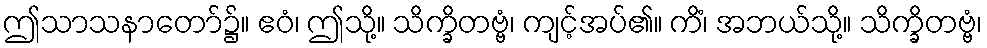
ဤသာသနာတော်၌။ ဧဝံ၊ ဤသို့။ သိက္ခိတဗ္ဗံ၊ ကျင့်အပ်၏။ ကိံ၊ အဘယ်သို့။ သိက္ခိတဗ္ဗံ၊